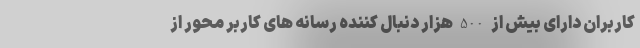
کاربران دارای بیش از 500 هزار دنبال کننده رسانه های کاربر محور از